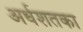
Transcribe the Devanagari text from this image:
अर्धशतका